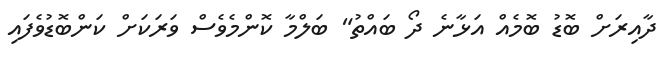
ދާއިރަށް ބޮޑު ބޮމެއް އަޅާނެ ދޯ ބައްތު" ބަލްމާ ކޮންމެވެސް ވަރަކަށް ކަންބޮޑުވެފައި